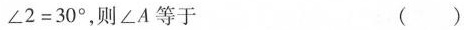
$$∠ 2 = 3 0 °$$，则∠A等于 ( )